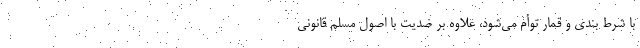
با شرط بندی و قمار توأم می‌شود، علاوه بر ضدیت با اصول مسلم قانونی